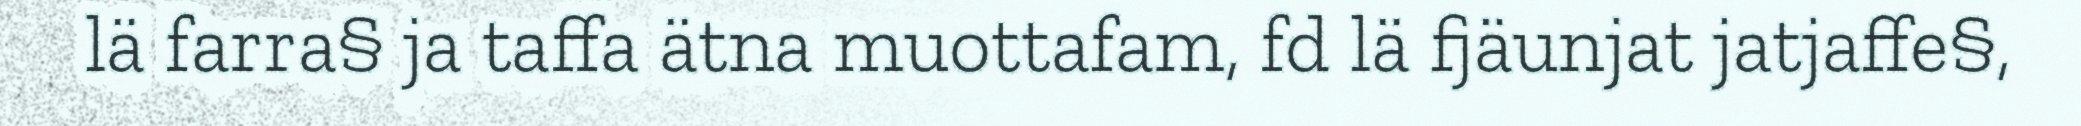
lä farra§ ja taffa ätna muottafam, fd lä fjäunjat jatjaffe§,